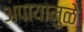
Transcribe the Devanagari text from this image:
अपायामुळे